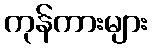
ကုန်ကားများ